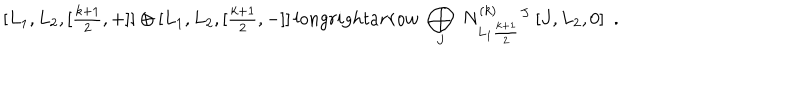
LaTeX: [ L _ { 1 } , L _ { 2 } , [ { \textstyle \frac { k + 1 } { 2 } } , + ] ] \oplus [ L _ { 1 } , L _ { 2 } , [ { \textstyle \frac { k + 1 } { 2 } } , - ] ] \, l o n g r i g h t a r r o w \ \bigoplus _ { J } \ N _ { L _ { 1 } \frac { k + 1 } { 2 } } ^ { ( k ) } { } ^ { J } \ [ J , L _ { 2 } , 0 ] \ \ .